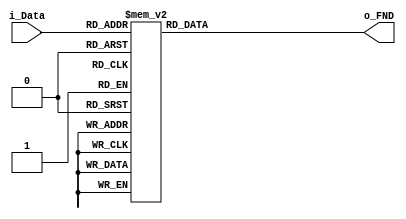
module FND(i_Data, o_FND);
	
input	[3:0] i_Data;
output	reg	[6:0] o_FND;	// fnd data setting : g~a

always@*
	case(i_Data)
		4'h0	: o_FND = 7'b1000000;
		4'h1	: o_FND = 7'b1111001;
		4'h2	: o_FND = 7'b0100100;
		4'h3	: o_FND = 7'b0110000;
		4'h4	: o_FND = 7'b0011001;
		4'h5	: o_FND = 7'b0010010;
		4'h6	: o_FND = 7'b0000010;
		4'h7	: o_FND = 7'b1011000;
		4'h8	: o_FND = 7'b0000000;
		4'h9	: o_FND = 7'b0011000;
		default	: o_FND = 7'h7f;
	endcase
	
endmodule